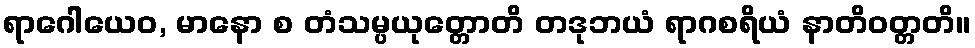
ရာဂေါယေဝ, မာနော စ တံသမ္ပယုတ္တောတိ တဒုဘယံ ရာဂစရိယံ နာတိဝတ္တတိ။